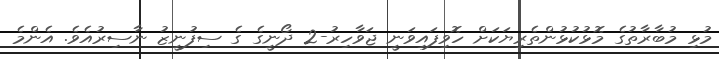
މުޅި މުބާރާތުގެ މޮޅުކުޅުންތެރިޔަކަށް ހޮވިފައިވަނީ ޖަވާހިރު-2 ދޯނީގެ ގެ ސިފުނީޒު ނާސިރުއެވެ. އެންމެ